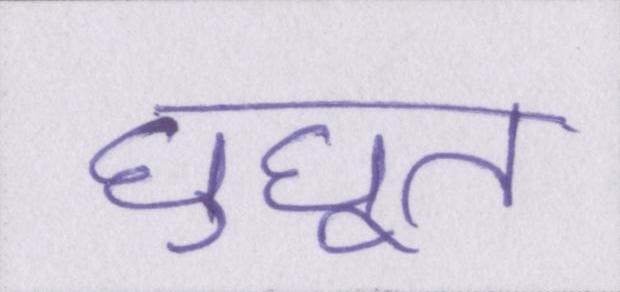
घुघूत